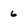
Character: 6